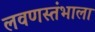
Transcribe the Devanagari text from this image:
लवणस्तंभाला